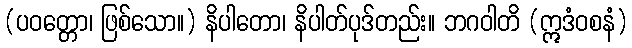
(ပဝတ္တော၊ ဖြစ်သော။) နိပါတော၊ နိပါတ်ပုဒ်တည်း။ ဘဂဝါတိ (ဣဒံဝစနံ)